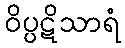
ဝိပ္ပဋိသာရံ